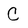
Character: C